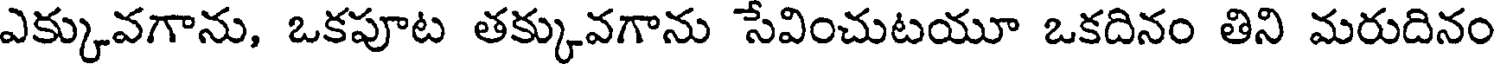
ఎక్కువగాను, ఒకపూట తక్కువగాను సేవించుటయూ ఒకదినం తిని మరుదినం